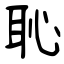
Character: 恥